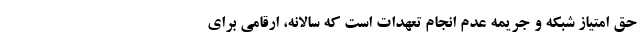
حق امتیاز شبکه و جریمه عدم انجام تعهدات است که سالانه، ارقامی برای